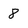
Character: 8